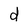
Character: d